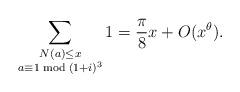
LaTeX: \begin{align*} \sum_{\substack{N(a) \leq x \\ a \equiv 1 \bmod {(1+i)^3}}} 1 =\frac {\pi}{8}x+O(x^{\theta}).\end{align*}